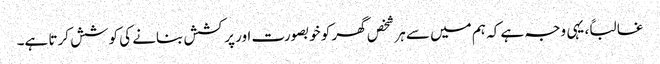
غالباً، یہی وجہ ہے کہ ہم میں سے ہر شخص گھر کو خوبصورت اور پرکشش بنانے کی کوشش کرتا ہے۔